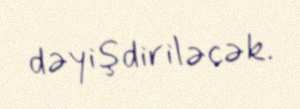
dəyişdiriləcək.